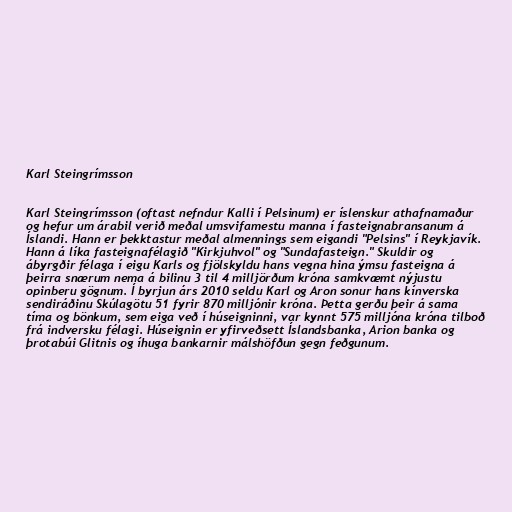
Karl Steingrímsson

Karl Steingrímsson (oftast nefndur Kalli í Pelsinum) er íslenskur athafnamaður
og hefur um árabil verið meðal umsvifamestu manna í fasteignabransanum á
Íslandi. Hann er þekktastur meðal almennings sem eigandi "Pelsins" í Reykjavík.
Hann á líka fasteignafélagið "Kirkjuhvol" og "Sundafasteign." Skuldir og
ábyrgðir félaga í eigu Karls og fjölskyldu hans vegna hina ýmsu fasteigna á
þeirra snærum nema á bilinu 3 til 4 milljörðum króna samkvæmt nýjustu
opinberu gögnum. Í byrjun árs 2010 seldu Karl og Aron sonur hans kínverska
sendiráðinu Skúlagötu 51 fyrir 870 milljónir króna. Þetta gerðu þeir á sama
tíma og bönkum, sem eiga veð í húseigninni, var kynnt 575 milljóna króna tilboð
frá indversku félagi. Húseignin er yfirveðsett Íslandsbanka, Arion banka og
þrotabúi Glitnis og íhuga bankarnir málshöfðun gegn feðgunum.